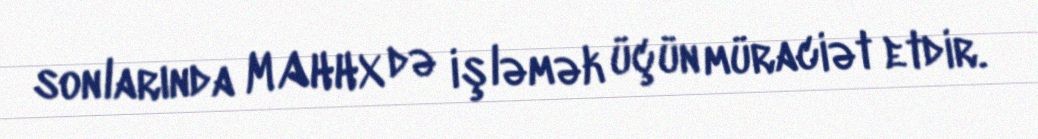
sonlarında MAHHX də işləmək üçün müraciət etdir.